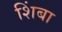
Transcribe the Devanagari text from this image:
शिंबा